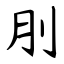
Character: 刖